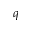
q